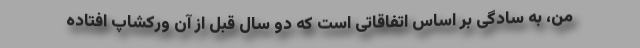
من، به سادگی بر اساس اتفاقاتی است که دو سال قبل از آن ورکشاپ افتاده